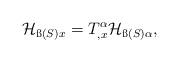
LaTeX: \begin{align*}{\cal H}_{{\ss (S)}x}=T^\alpha_{,x} {\cal H}_{{\ss(S)}\alpha},\end{align*}